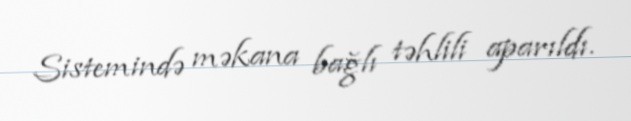
Sistemində məkana bağlı təhlili aparıldı.